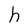
Character: h